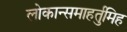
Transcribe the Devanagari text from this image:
लोकान्समाहर्तुमिह